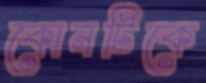
কোনটিকে